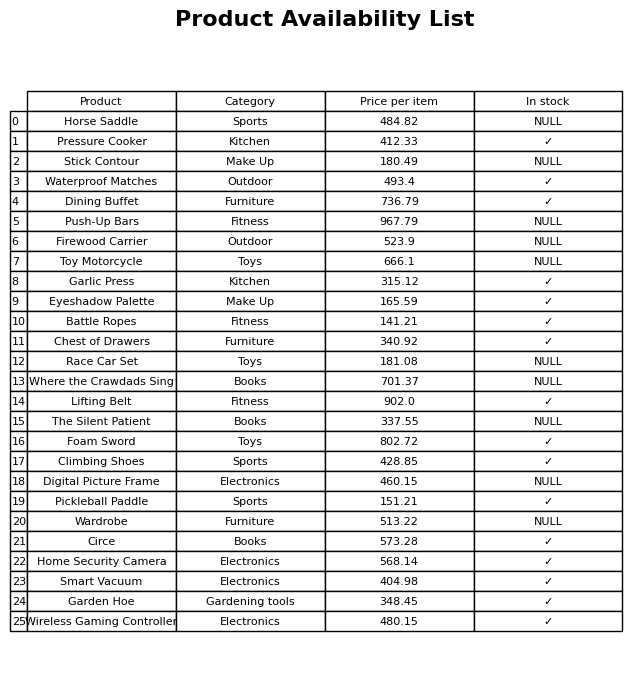
question: What is the price for Where the Crawdads Sing?
answer: The price of Where the Crawdads Sing is 701.37.